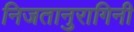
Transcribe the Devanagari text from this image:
निजतानुरागिनी